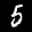
Label: 5